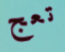
تعج